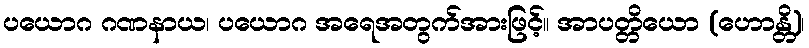
ပယောဂ ဂဏနာယ၊ ပယောဂ အရေအတွက်အားဖြင့်။ အာပတ္တိယော (ဟောန္တိ)၊